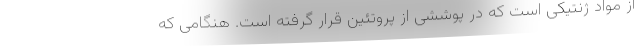
از مواد ژنتیکی است که در پوششی از پروتئین قرار گرفته است. هنگامی که